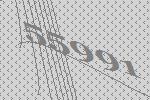
55991